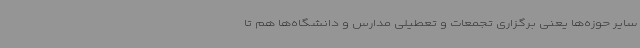
سایر حوزه‌ها یعنی برگزاری تجمعات و تعطیلی مدارس و دانشگاه‌ها هم تا